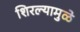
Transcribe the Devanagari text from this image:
शिरल्यामुळे